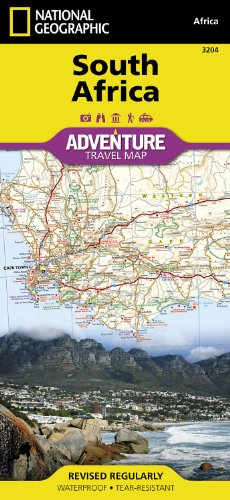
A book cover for South Africa (National Geographic Adventure Map); National Geographic Maps - Adventure; Travel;